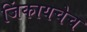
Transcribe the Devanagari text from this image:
जिंकायचेच